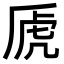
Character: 虒